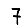
Digit: 7